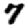
Digit: 7